Leaving Certificate Examination, 1906
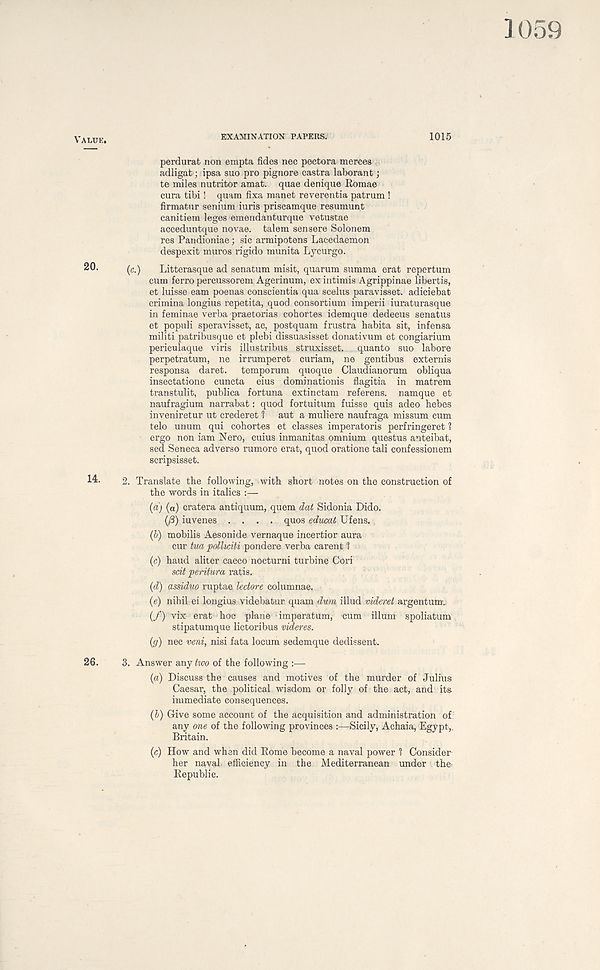
EXAMINATION PAPERS.
1015
perdurat non empta fides nee pectora merces
adligat; ipsa suo pro pignore castra laborant;
te miles nutritor amat. quae denique Romae
cura tibi! quam fixa manet reverentia patrum !
firmatur senium iuris priscamque resumunt
canitiem leges emendanturque vetustae
acceduntque novae, talem sen sere Solonem
res Pandioniae; sic armipotens Lacedaemon
despexit muros rigido munita Lycurgo.
(c.)
Litterasque ad senatum misit, quarum summa erat repertum
cum ferro percussorem Agerinum, exintimis Agrippinae libertis,
et luisse earn poenas conscientia qua scelus paravisset. adiciebat
crimina longius repetita, quod consortium imperii iuraturasque
in feminae verba praetorias cohortes idemque dedecus senatus
et populi speravisset, ac, postquam frustra habita sit, infensa
militi patribusque et plebi dissuasisset donativum et congiarium
periculaque viris illustribus struxisset. quanto suo labore
perpetratum, ne irrumperet curiam, ne gentibus externis
responsa daret.
temporum quoque Claudianorum obliqua
insectatione cuncta eius dominationis flagitia in matrem
transtulit, publica fortuna extinctam referens. namque et
naufragium narrabat: quod fortuitum fuisse quis adeo hebes
inveniretur ut crederet 1 aut a muliere naufraga missum cum
telo unum qui cohortes et classes imperatoris perfringeret 1
ergo non iam Nero, cuius inmanitas omnium questus anteibat,
sed Seneca adverso rumore erat, quod oratione tali confessionem
scripsisset.
2. Translate the following, with short notes on the construction of
the words in italics :—
(a) (a) cratera antiquum, quem dat Sidonia Dido.
(/3) iuvenes .... quos educai Ufens.
(b) mobilis Aesonide vernaque incertior aura
cur tua polliciti pondere verba carent 1
(c) baud aliter caeco nocturni turbine Cori
scit peritura ratis.
(d) assiduo ruptae ledore columnae.
(e) nihil ei longius videbatur quam dum illud videret argentum..
(f) vix erat hoe plane imperatum, cum ilium spoliatum
stipatumque lictoribus videres.
(g) nec veni, nisi fata locum sedemque dedissent.
3. Answer any two of the following :—
(a) Discuss the causes and motives of the murder of Julius
Caesar, the political wisdom or folly of the act, and its
immediate consequences.
(b) Give some account of the acquisition and administration of
any one of the following provinces :—Sicily, Achaia, Egypt,.
Britain.
(c) How and when did Rome become a naval power ? Consider-
her naval efficiency in the Mediterranean under th&
Republic.